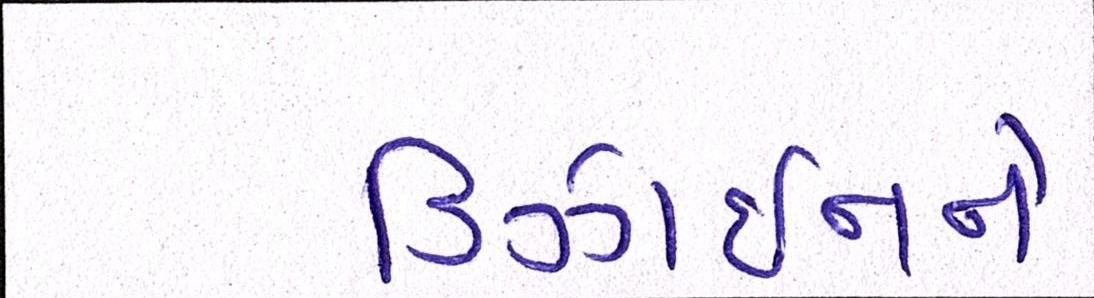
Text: ડિઝાઈનને